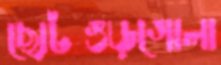
ছোটগুড়গোলা